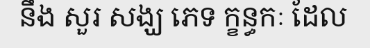
នឹង សួរ សង្ឃ ភេទ ក្ខន្ធកៈ ដែល